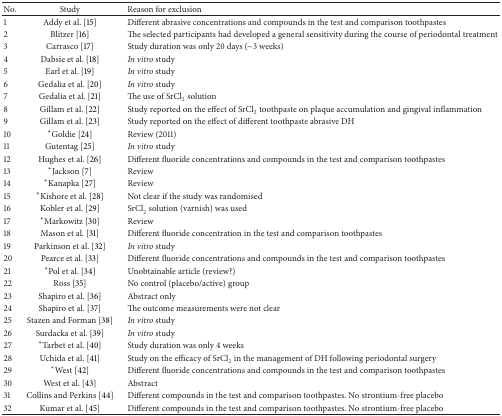
<table><thead><tr><td><b>No.</b></td><td><b>Study</b></td><td><b>Reason for exclusion</b></td></tr></thead><tbody><tr><td>1</td><td>Addy et al. [15]</td><td>Different abrasive concentrations and compounds in the test and comparison toothpastes</td></tr><tr><td>2</td><td>Blitzer [16]</td><td>The selected participants had developed a general sensitivity during the course of periodontal treatment </td></tr><tr><td>3</td><td>Carrasco [17]</td><td>Study duration was only 20 days (~3 weeks) </td></tr><tr><td>4</td><td>Dabsie et al. [18]</td><td><i>In vitro</i> study</td></tr><tr><td>5</td><td>Earl et al. [19]</td><td><i>In vitro</i> study</td></tr><tr><td>6</td><td>Gedalia et al. [20]</td><td><i>In vitro</i> study</td></tr><tr><td>7</td><td>Gedalia et al. [21]</td><td>The use of SrCl<sub>2</sub> solution</td></tr><tr><td>8</td><td>Gillam et al. [22]</td><td>Study reported on the effect of SrCl<sub>2</sub> toothpaste on plaque accumulation and gingival inflammation</td></tr><tr><td>9</td><td>Gillam et al. [23]</td><td> Study reported on the effect of different toothpaste abrasive DH</td></tr><tr><td>10</td><td>*Goldie [24]</td><td>Review (2011)</td></tr><tr><td>11</td><td>Gutentag [25]</td><td><i>In vitro</i> study</td></tr><tr><td>12</td><td>Hughes et al. [26]</td><td>Different fluoride concentrations and compounds in the test and comparison toothpastes</td></tr><tr><td>13</td><td>*Jackson [7]</td><td>Review</td></tr><tr><td>14</td><td>*Kanapka [27]</td><td>Review </td></tr><tr><td>15</td><td>*Kishore et al. [28]</td><td>Not clear if the study was randomised</td></tr><tr><td>16</td><td>Kobler et al. [29]</td><td>SrCl<sub>2</sub> solution (varnish) was used</td></tr><tr><td>17</td><td>*Markowitz [30]</td><td>Review</td></tr><tr><td>18</td><td>Mason et al. [31]</td><td>Different fluoride concentration in the test and comparison toothpastes </td></tr><tr><td>19</td><td>Parkinson et al. [32]</td><td><i>In vitro</i> study</td></tr><tr><td>20</td><td>Pearce et al. [33]</td><td>Different fluoride concentrations and compounds in the test and comparison toothpastes</td></tr><tr><td>21</td><td>*Pol et al. [34]</td><td>Unobtainable article (review?)</td></tr><tr><td>22</td><td>Ross [35]</td><td>No control (placebo/active) group</td></tr><tr><td>23</td><td>Shapiro et al. [36]</td><td>Abstract only</td></tr><tr><td>24</td><td>Shapiro et al. [37]</td><td>The outcome measurements were not clear</td></tr><tr><td>25</td><td>Stazen and Forman [38]</td><td><i>In vitro</i> study</td></tr><tr><td>26</td><td>Surdacka et al. [39]</td><td><i>In vitro</i> study</td></tr><tr><td>27</td><td>*Tarbet et al. [40]</td><td>Study duration was only 4 weeks</td></tr><tr><td>28</td><td>Uchida et al. [41]</td><td>Study on the efficacy of SrCl<sub>2</sub> in the management of DH following periodontal surgery</td></tr><tr><td>29</td><td>*West [42]</td><td>Different fluoride concentrations and compounds in the test and comparison toothpastes</td></tr><tr><td>30</td><td>West et al. [43]</td><td>Abstract</td></tr><tr><td>31</td><td>Collins and Perkins [44]</td><td>Different compounds in the test and comparison toothpastes. No strontium-free placebo </td></tr><tr><td>32</td><td>Kumar et al. [45]</td><td>Different compounds in the test and comparison toothpastes. No strontium-free placebo</td></tr></tbody></table>